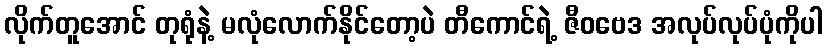
လိုက်တူအောင် တုရုံနဲ့ မလုံလောက်နိုင်တော့ပဲ တီကောင်ရဲ့ ဇီဝဗေဒ အလုပ်လုပ်ပုံကိုပါ